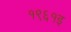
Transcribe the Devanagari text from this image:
१९६१इ